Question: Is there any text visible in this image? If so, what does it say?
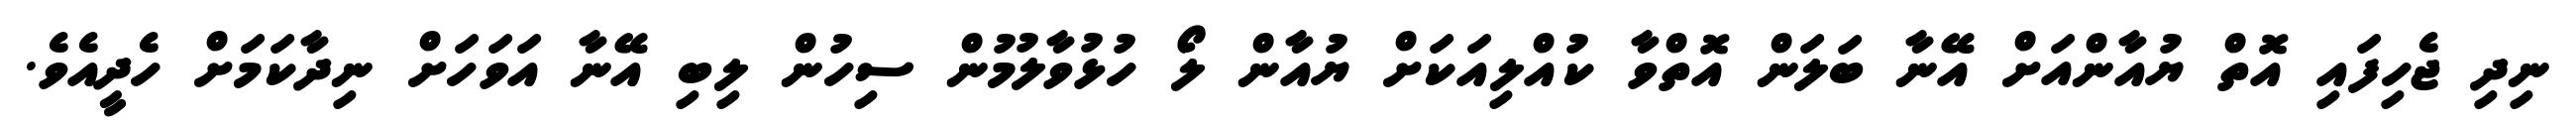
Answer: ނިދި ޖެހިފައި އޮތް ޔުއާންއަށް އޭނާ ބަލަން އޮތްވާ ކުއްލިއަކަށް ޔުއާން ލޯ ހުޅުވާލުމުން ސިހުން ލިބި އޭނާ އަވަހަށް ނިދާކަމަށް ހެދީއެވެ.